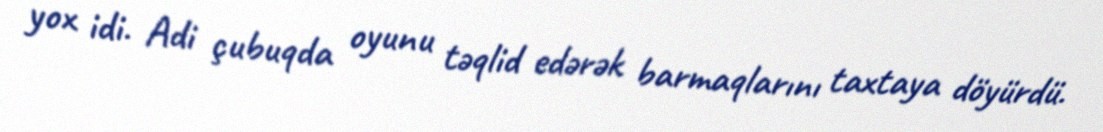
yox idi. Adi çubuqda oyunu təqlid edərək barmaqlarını taxtaya döyürdü.